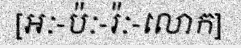
[អៈ-ប៉ៈ-រ៉ៈ-លោក]